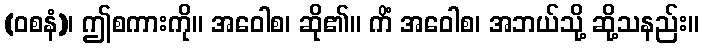
(ဝစနံ)၊ ဤစကားကို။ အဝေါစ၊ ဆို၏။ ကိံ အဝေါစ၊ အဘယ်သို့ ဆို့သနည်း။